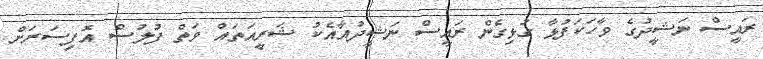
ރައީސް ނަޝީދުގެ ވާހަކަފުޅާ ގުޅިގެން ރައީސް ނަޝީދުއާއެކު ޝަރީއަތައް ވަތް ފުލުސް އޮފިސަރަށް